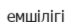
емшілігі